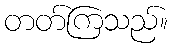
တတ်ကြသည်။